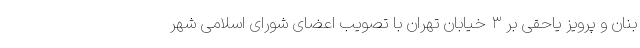
بنان و پرویز یاحقی بر ۳ خیابان تهران با تصویب اعضای شورای اسلامی شهر